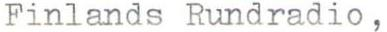
Finlands Rundradio,